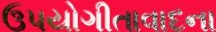
ઉપયોગીતાવાદના